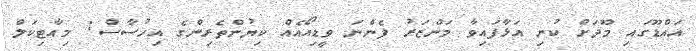
އައްޑޫގައި މޫދަށް ކުނި އަޅާފައިވާ މަންޒަރު ފެންނަ ވީޑިއޯއެއް ކިޔުންތެރިންގެ އިހުސާސް: މިއާޓިކަލް